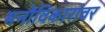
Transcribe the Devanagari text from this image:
मनोविकारांवर